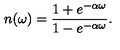
n ( \omega ) = { \frac { 1 + e ^ { - \alpha \omega } } { 1 - e ^ { - \alpha \omega } } } .